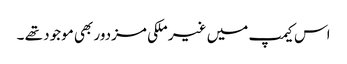
اس کیمپ میں غیر ملکی مزدور بھی موجود تھے ۔